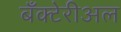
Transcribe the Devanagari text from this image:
बँक्टेरीअल